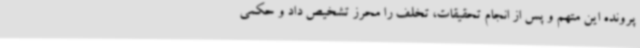
پرونده این متهم و پس از انجام تحقیقات، تخلف را محرز تشخیص داد و حکمی